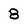
Character: 8